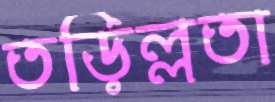
তড়িল্লতা